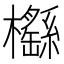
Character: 櫾